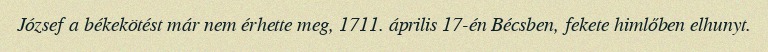
József a békekötést már nem érhette meg, 1711. április 17-én Bécsben, fekete himlőben elhunyt.